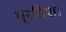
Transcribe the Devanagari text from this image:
प्रदिश।